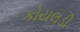
કોયલડી